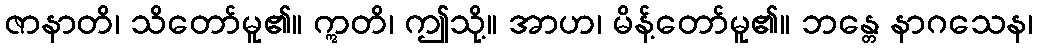
ဇာနာတိ၊ သိတော်မူ၏။ ဣတိ၊ ဤသို့။ အာဟ၊ မိန့်တော်မူ၏။ ဘန္တေ နာဂသေန၊